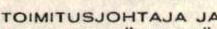
TOIMITUSJOHTAJA JA